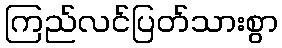
ကြည်လင်ပြတ်သားစွာ